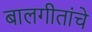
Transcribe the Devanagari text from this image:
बालगीतांचे